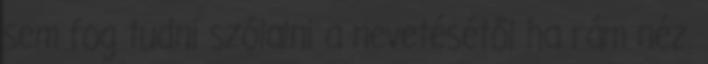
sem fog tudni szólalni a nevetésétől ha rám néz.